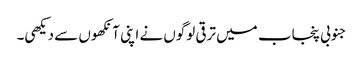
جنوبی پنجاب میں ترقی لوگوں نے اپنی آنکھوں سے دیکھی۔